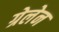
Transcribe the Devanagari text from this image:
ग्रेलेन